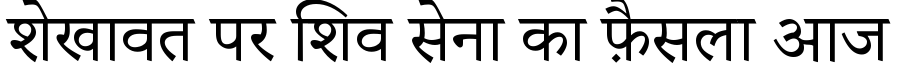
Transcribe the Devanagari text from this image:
शेखावत पर शिव सेना का फ़ैसला आज